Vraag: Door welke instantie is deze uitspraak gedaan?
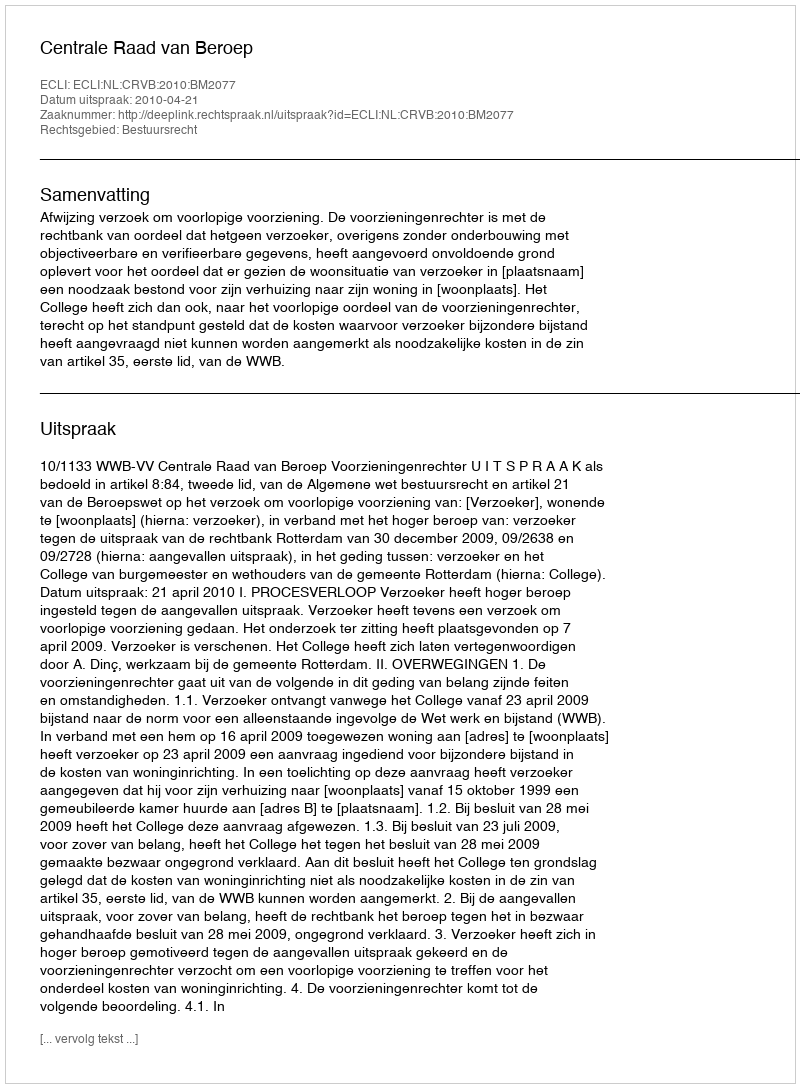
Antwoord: Centrale Raad van Beroep